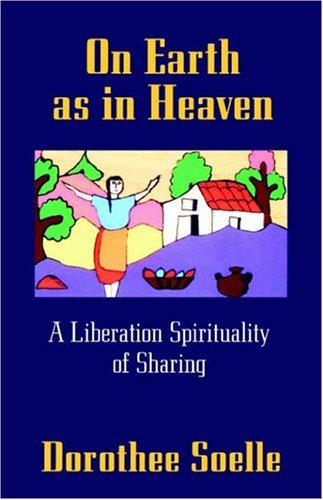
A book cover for On Earth as in Heaven: A Liberation Spirituality of Sharing; Dorothee Soelle; Christian Books & Bibles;